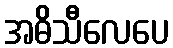
အဓိသီလေပေ